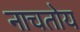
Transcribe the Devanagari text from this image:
नाचतोय